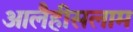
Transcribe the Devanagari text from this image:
आलैहीसलाम